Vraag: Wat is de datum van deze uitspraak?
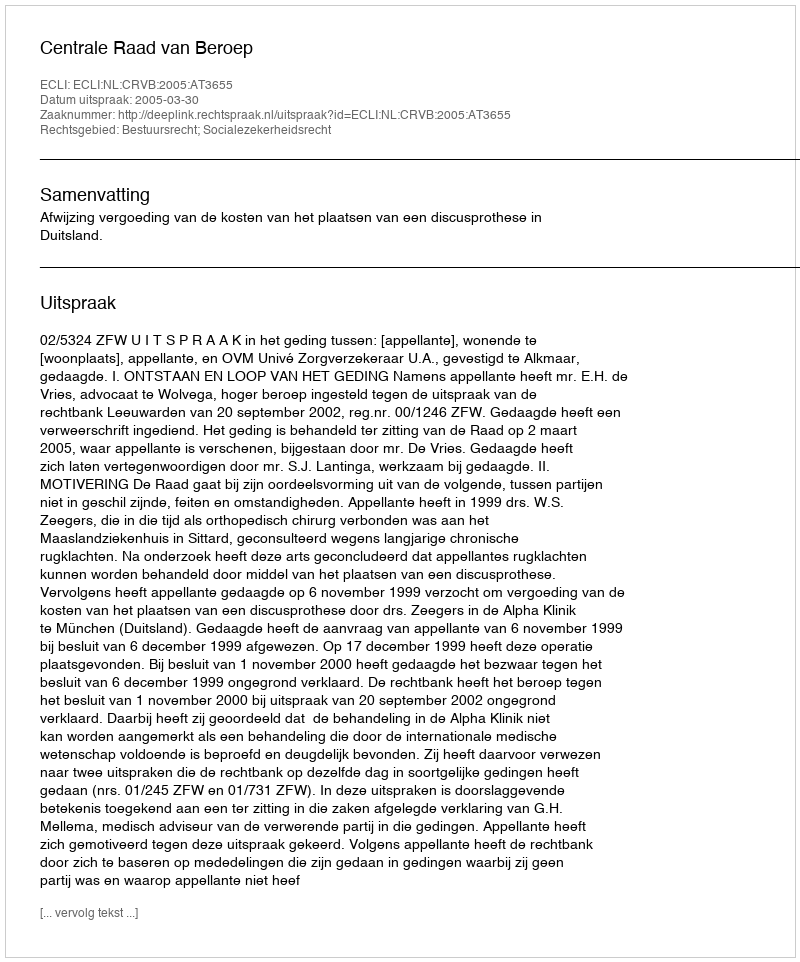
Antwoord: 2005-03-30